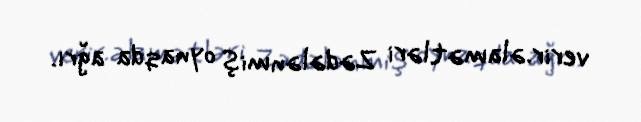
verir.əlamətləri Zədələnmiş oynaqda ağrı.